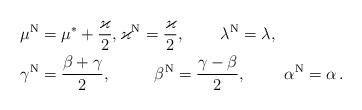
LaTeX: \begin{align*}\mu^{\rm N}&=\mu^*+\frac{\varkappa}{2},\varkappa^{\rm N}=\frac{\varkappa}{2},\qquad\,\lambda^{\rm N}=\lambda , \\\gamma^{\rm N}&=\frac{\beta + \gamma }{2},\qquad\ \ \beta^{\rm N}=\frac{ \gamma-\beta }{2}, \ \ \ \ \ \ \ \alpha^{\rm N}=\alpha \,.\end{align*}